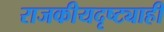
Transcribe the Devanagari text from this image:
राजकीयदृष्ट्याही